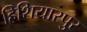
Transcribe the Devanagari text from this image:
हिशियारपुर